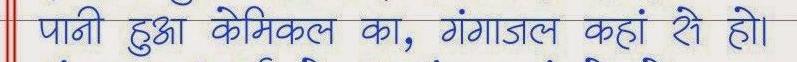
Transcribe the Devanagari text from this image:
पानी हुई केमिकल का, गंगाजल कहाँ से हो